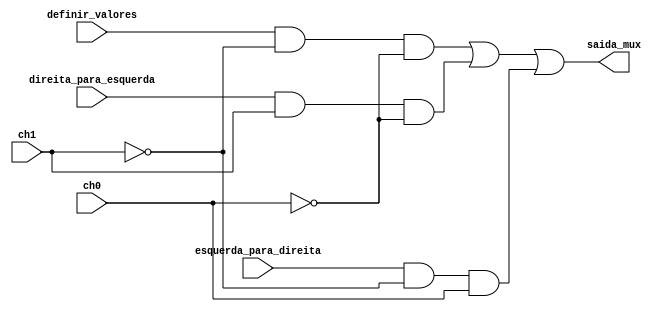
module mux(definir_valores, esquerda_para_direita, direita_para_esquerda, ch1, ch0, saida_mux); // mux utilizado no modulos de flipflop e flipflop_especial.

	input esquerda_para_direita, direita_para_esquerda, definir_valores, ch1, ch0;
	output saida_mux;
	wire f1, f2, f3;

	and and1(f1, definir_valores, ~ch1, ~ch0); // mux 3x1, a combinao 11 foi ignorada para ser utilizada na lgica de interromper a mudana de valor do flip.
	and and2(f2, direita_para_esquerda, ch1, ~ch0);
	and and3(f3, esquerda_para_direita, ~ch1, ch0);
	or or1(saida_mux, f1, f2, f3);
	// uma lgica simples de multiplexador, as chaves ch0 e ch1 vo selecionar qual ser a saida por meio das ands e est ser enviada por meio do output saida_mux.


endmodule